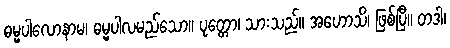
ဓမ္မပါလောနာမ၊ ဓမ္မပါလမည်သော။ ပုတ္တော၊ သားသည်။ အဟောသိ၊ ဖြစ်ပြီ။ တဒါ၊